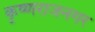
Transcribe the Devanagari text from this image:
कृष्णराजनगर